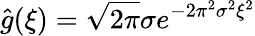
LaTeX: \hat{g}(\xi)=\sqrt{2\pi}\sigma e^{-2\pi^{2}\sigma^{2}\xi^{2}}